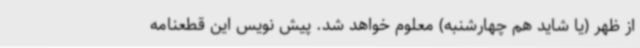
از ظهر (یا شاید هم چهارشنبه) معلوم خواهد شد. پیش نویس این قطعنامه